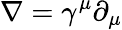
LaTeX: \nabla=\gamma^{\mu}\partial_{\mu}